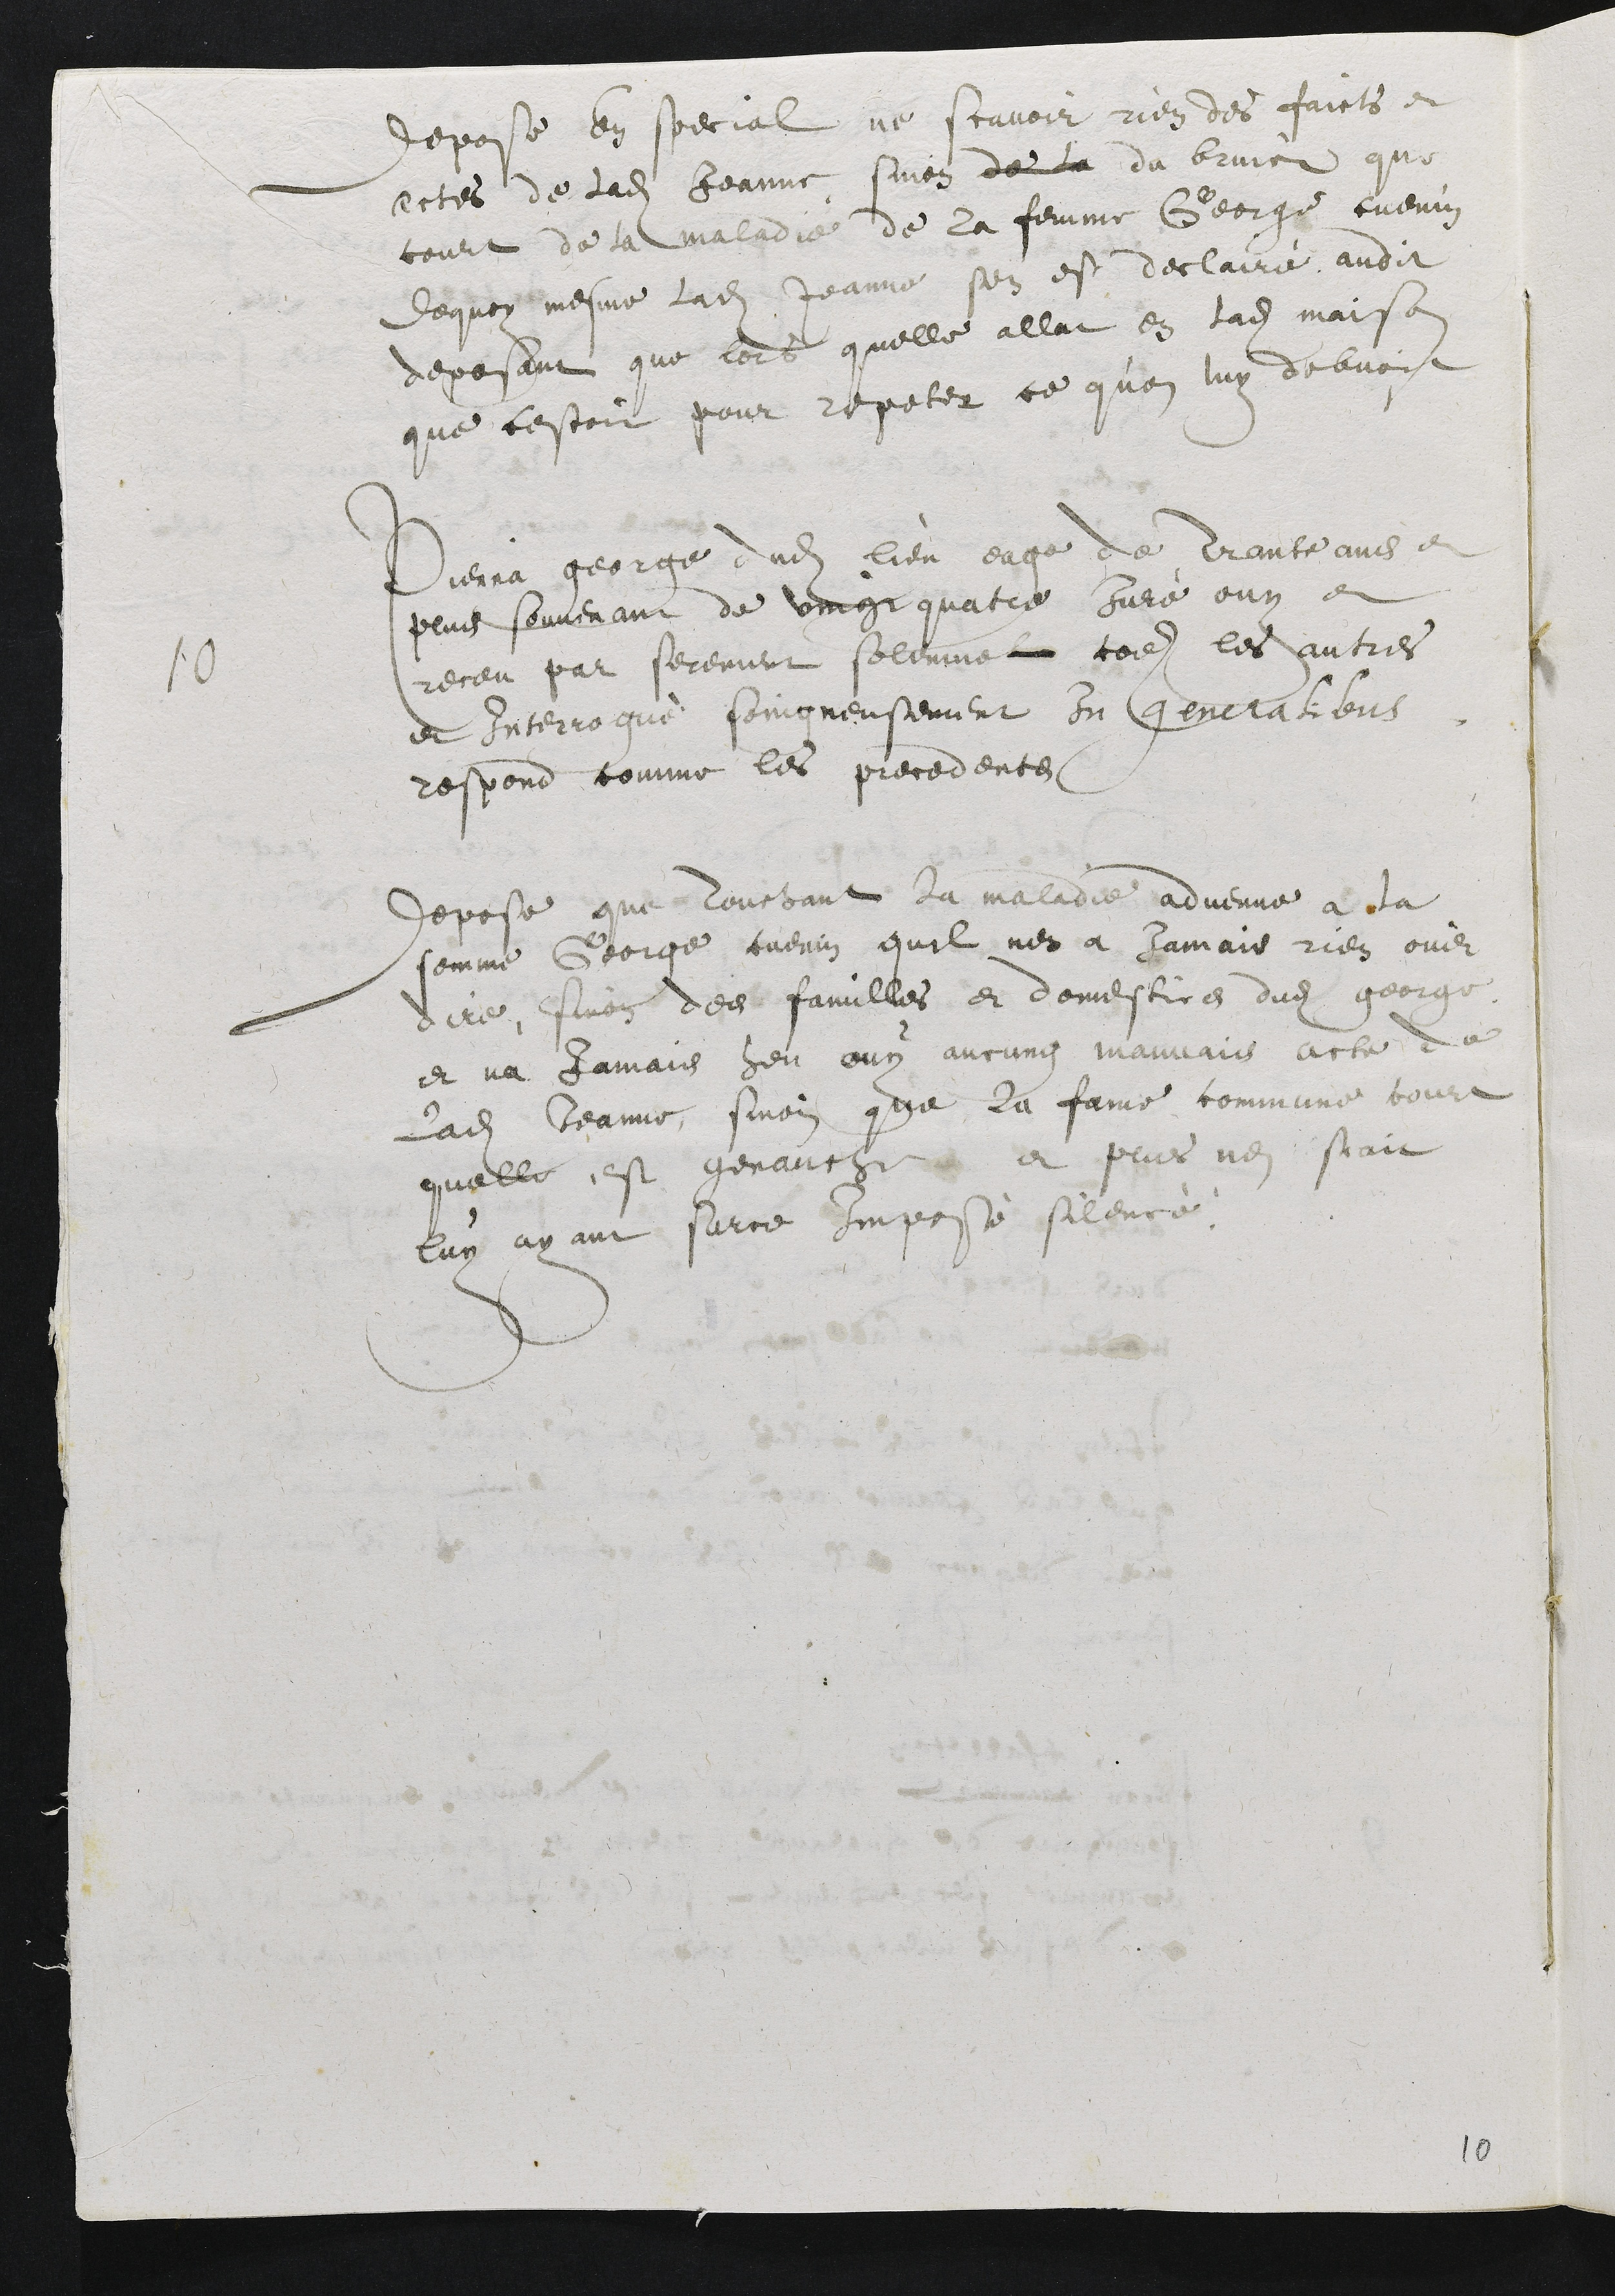
depose en special ne scavoir rien des faicts et
actes de ladite Jeanne sinon de la du bruict que
court de la maladie de la femme George cuenin
de quoy mesme ladite Jeanne sen est declairé audit
deposant que lors quelle allat en ladite maison
que cestoit pour repeter ce quon luy debvoit
10
Pierra george dudit lieu eage de Trante ans et
plus souvenant de vingt quatre juré ouy et
receu par serement solemnel come les autres
et Interrogué soingneusement in generalibus
respond comme les precedents,
Depose que touchant la maladie advenue a la
femme George cuenin quil nen a jamais rien ouir
dire, sinon des familles et domestics dudit george,
et na jamais heu ouy aucung mauvais acte de
ladite Jeanne, sinon que la fame commune court
quelle est genauche et plus nen scait
luy ayant surce imposé silence.

10